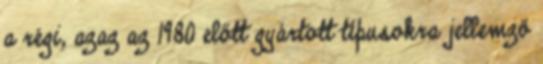
a régi, azaz az 1980 előtt gyártott típusokra jellemző